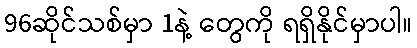
96ဆိုင်သစ်မှာ 1နဲ့ တွေကို ရရှိနိုင်မှာပါ။